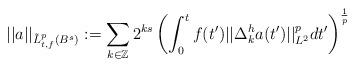
LaTeX: \begin{align*}||a||_{\tilde L^p_{t,f}(B^s)}:=\sum_{k\in\mathbb Z}2^{ks}\left(\int_0^tf(t')||\Delta^h_ka(t')||_{L^2}^pdt'\right)^\frac 1p\end{align*}